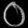
Digit: ၀